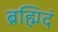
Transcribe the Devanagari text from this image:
ब्रह्मिदं